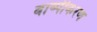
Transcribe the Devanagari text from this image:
वाष्‍पीकरण